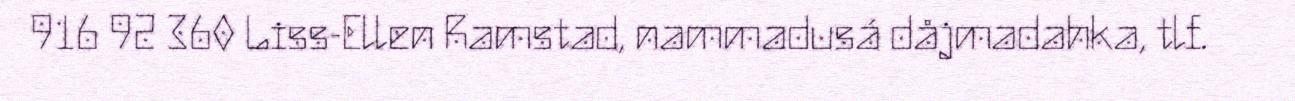
916 92 360 Liss-Ellen Ramstad, nammadusá dåjmadahka, tlf.